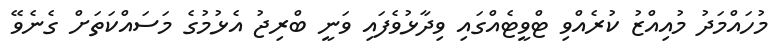
މުހައްމަދު މުއިއްޒު ކުރެއްވި ޓްވީޓެއްގައި ވިދާޅުވެފައި ވަނީ ބްރިޖު އެޅުމުގެ މަސައްކަތަށް ގެނެވޭ